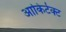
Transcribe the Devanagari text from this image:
आकिर्टेक्ट